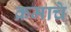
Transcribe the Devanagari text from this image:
क्रमाचे